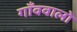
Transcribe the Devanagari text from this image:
गाँववालो